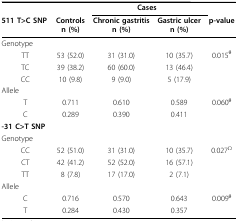
<table><thead><tr><td></td><td></td><td colspan="2"><b>Cases</b></td><td></td></tr><tr><td><b>511 T&gt;C SNP</b></td><td><b>Controlsn (%)</b></td><td><b>Chronic gastritisn (%)</b></td><td><b>Gastric ulcern (%)</b></td><td><b>p-value</b></td></tr></thead><tbody><tr><td>Genotype</td><td></td><td></td><td></td><td></td></tr><tr><td>TT</td><td>53 (52.0)</td><td>31 (31.0)</td><td>10 (35.7)</td><td>0.015 <sup>θ</sup></td></tr><tr><td>TC</td><td>39 (38.2)</td><td>60 (60.0)</td><td>13 (46.4)</td><td></td></tr><tr><td>CC</td><td>10 (9.8)</td><td>9 (9.0)</td><td>5 (17.9)</td><td></td></tr><tr><td>Allele</td><td></td><td></td><td></td><td></td></tr><tr><td>T</td><td>0.711</td><td>0.610</td><td>0.589</td><td>0.060 <sup>θ</sup></td></tr><tr><td>C</td><td>0.289</td><td>0.390</td><td>0.411</td><td></td></tr><tr><td><b>-31 C&gt;T SNP</b></td><td></td><td></td><td></td><td></td></tr><tr><td>Genotype</td><td></td><td></td><td></td><td></td></tr><tr><td>CC</td><td>52 (51.0)</td><td>31 (31.0)</td><td>10 (35.7)</td><td>0.027 <sup>Ω</sup></td></tr><tr><td>CT</td><td>42 (41.2)</td><td>52 (52.0)</td><td>16 (57.1)</td><td></td></tr><tr><td>TT</td><td>8 (7.8)</td><td>17 (17.0)</td><td>2 (7.1)</td><td></td></tr><tr><td>Allele</td><td></td><td></td><td></td><td></td></tr><tr><td>C</td><td>0.716</td><td>0.570</td><td>0.643</td><td>0.009 <sup>θ</sup></td></tr><tr><td>T</td><td>0.284</td><td>0.430</td><td>0.357</td><td></td></tr></tbody></table>